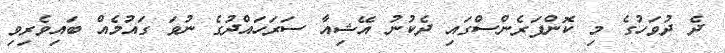
ދެ ދުވަހުގެ މި ކޮންފަރެންސްގައި ދެކުނު އޭޝިއާ ސަރަހައްދުގެ ނުވަ ގައުމެއް ބައިވެރިވި